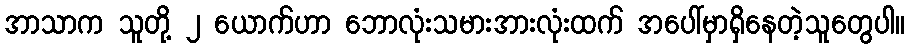
အာသာက သူတို့ ၂ ယောက်ဟာ ဘောလုံးသမားအားလုံးထက် အပေါ်မှာရှိနေတဲ့သူတွေပါ။